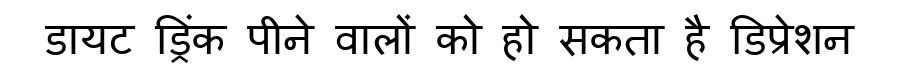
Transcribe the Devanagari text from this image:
डायट ड्रिंक पीने वालों को हो सकता है डिप्रेशन